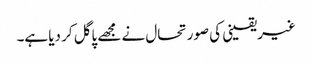
غیریقینی کی صورتحال نے مجھے پاگل کر دیا ہے۔